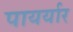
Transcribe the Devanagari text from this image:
पायर्यार